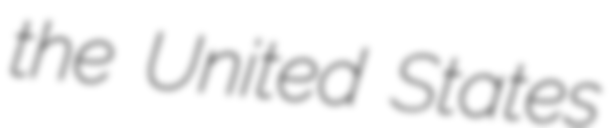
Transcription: the United States